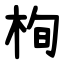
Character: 栒